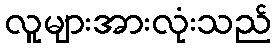
လူများအားလုံးသည်